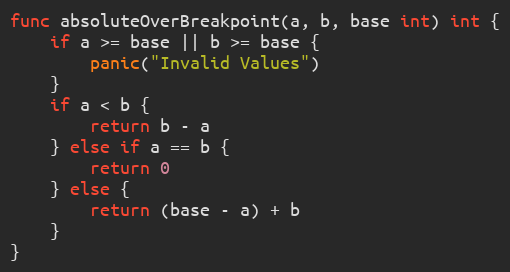
Language: Go
func absoluteOverBreakpoint(a, b, base int) int {
	if a >= base || b >= base {
		panic("Invalid Values")
	}
	if a < b {
		return b - a
	} else if a == b {
		return 0
	} else {
		return (base - a) + b
	}
}